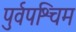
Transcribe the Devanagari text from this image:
पुर्वपश्चिम